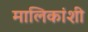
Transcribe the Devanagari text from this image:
मालिकांशी